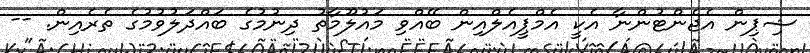
ޝިޕިން އެޖެންޓުންނާ އެކީ އެމްޕީއެލްއިން ބޭއްވި މައުލޫމާތު ދިނުމުގެ ބައްދަލުވުމުގެ ތެރެއިން. --